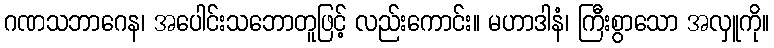
ဂဏသဘာဂေန၊ အပေါင်းသဘောတူဖြင့် လည်းကောင်း။ မဟာဒါနံ၊ ကြီးစွာသော အလှူကို။